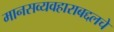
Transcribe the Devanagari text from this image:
मानसव्यवहाराबद्दलचे